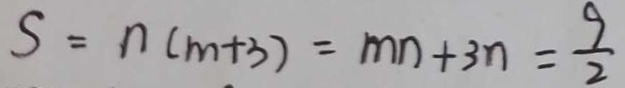
S = n ( m + 3 ) = m n + 3 n = \frac { 9 } { 2 }